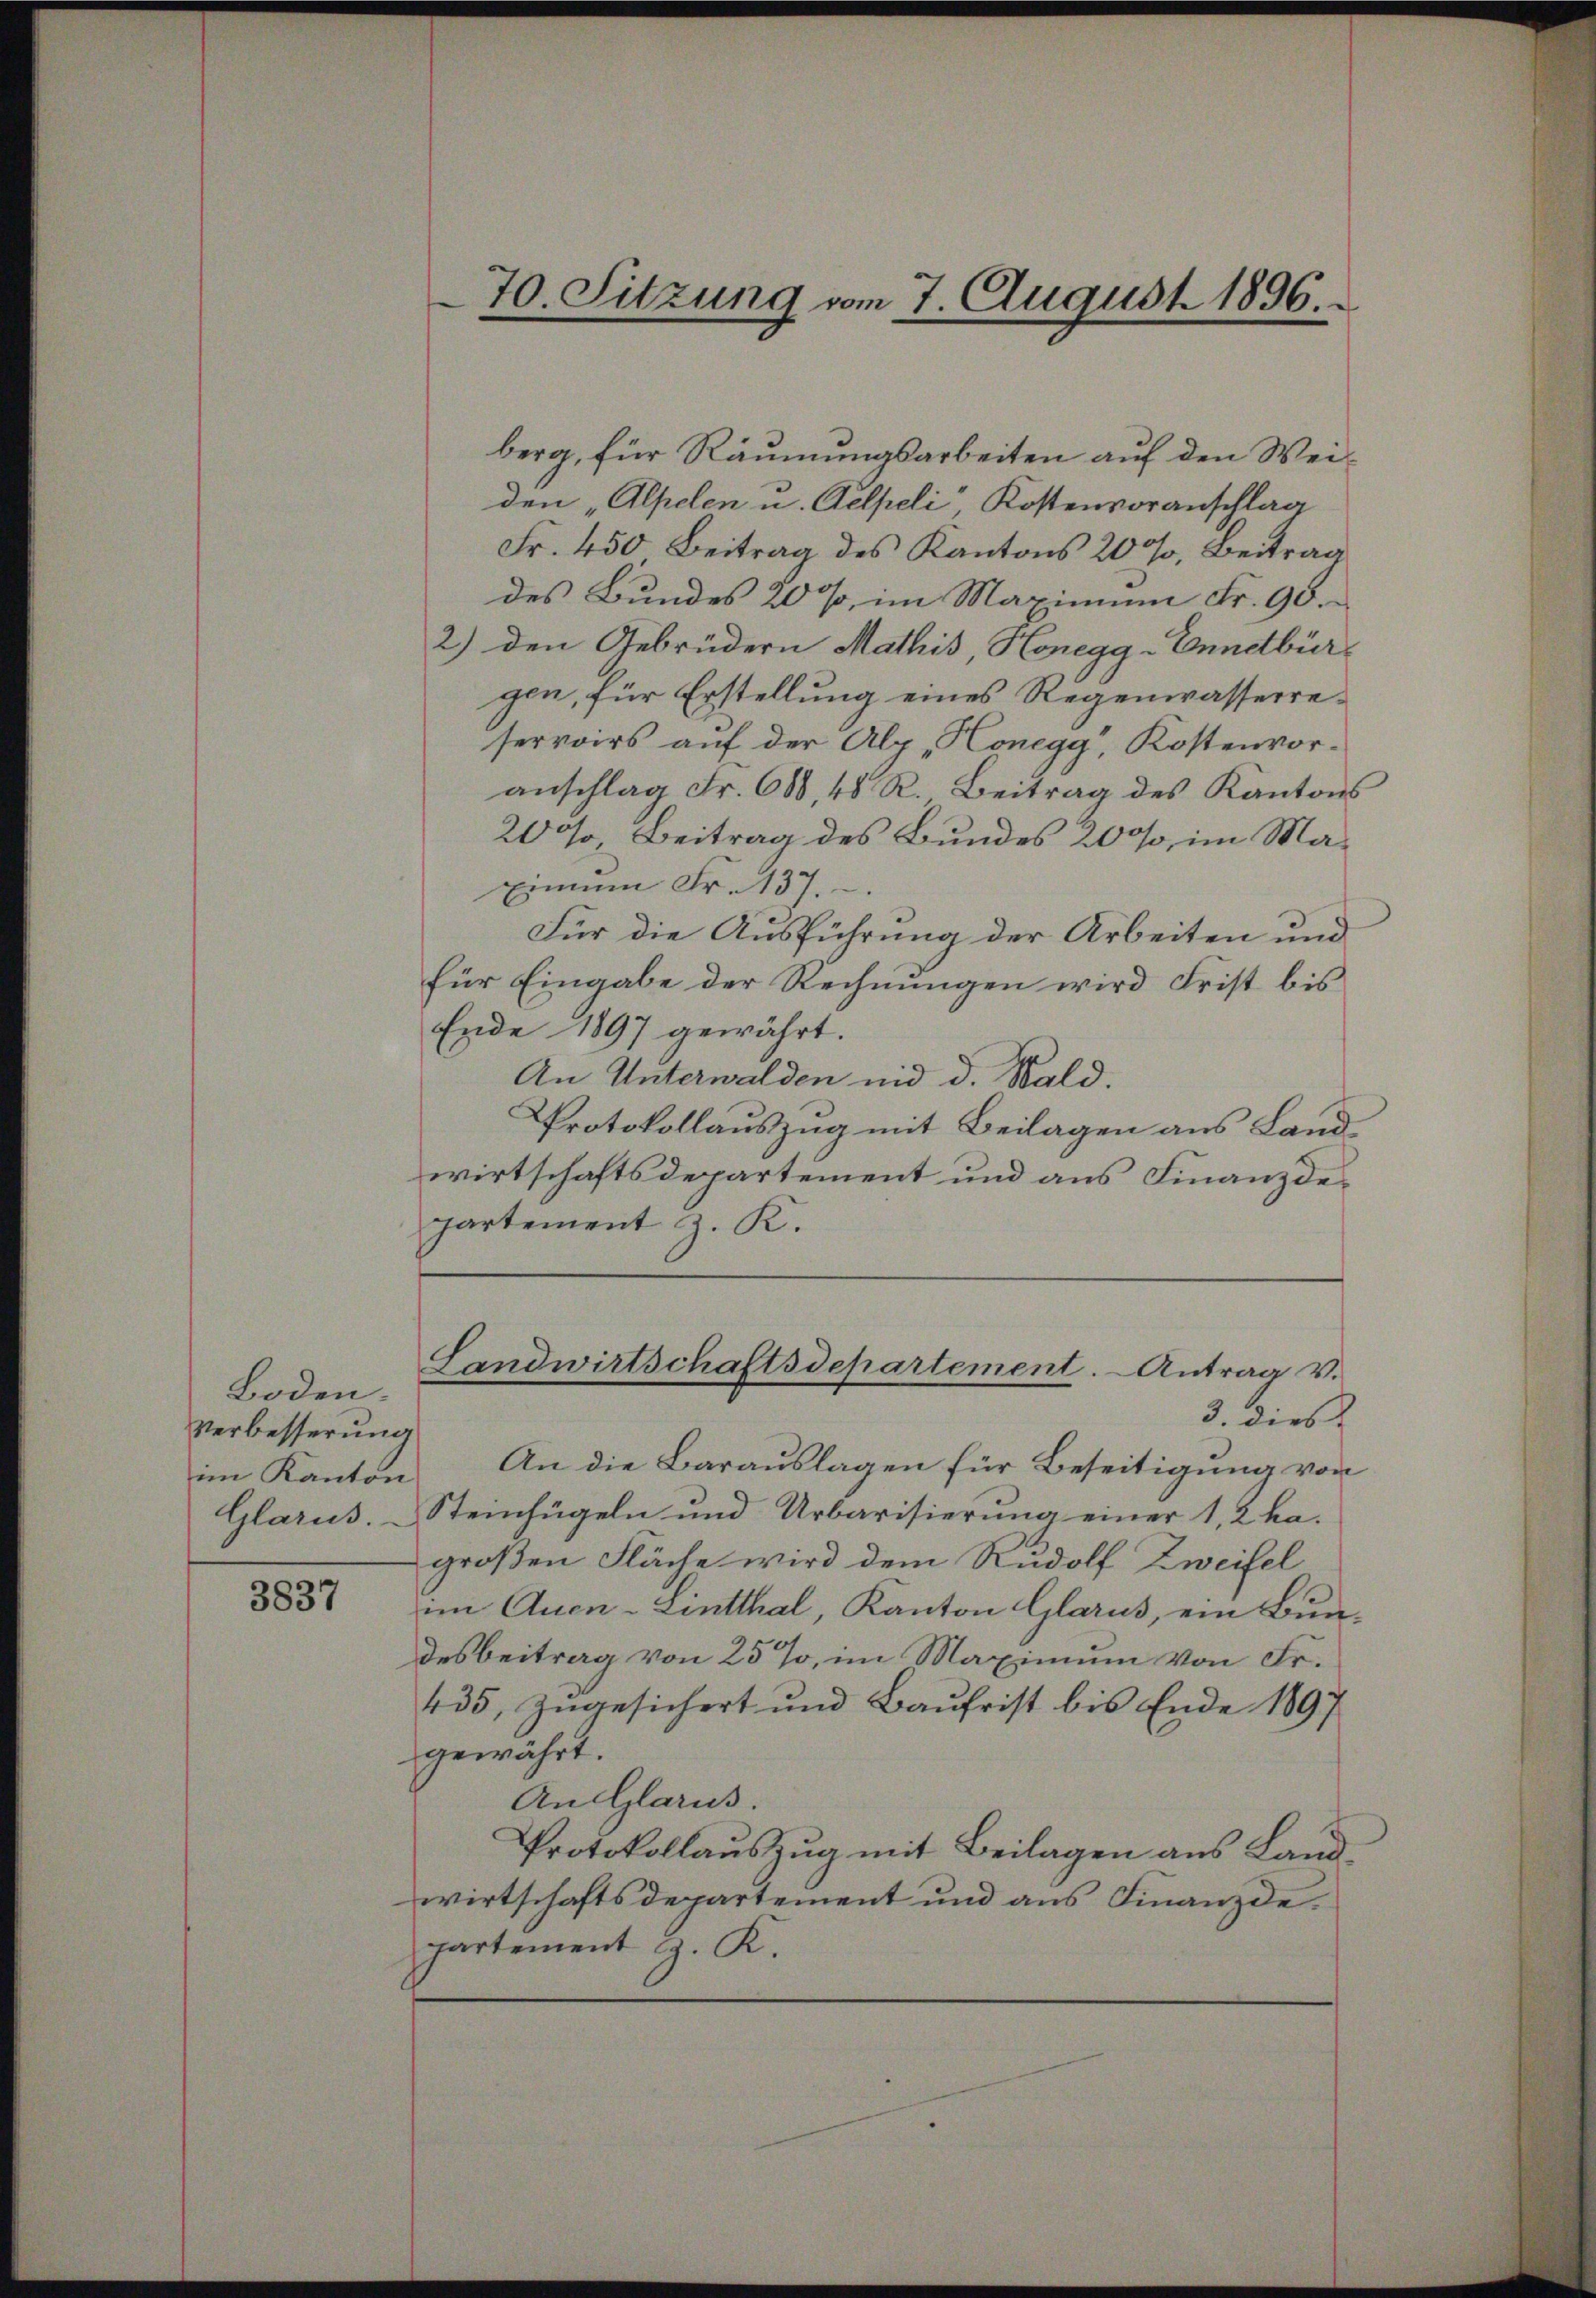
Boden.
Verbesserung
Glarus.

3837

berg, für Räumungsarbeiten auf den Weiden „Alpelen u. Aelpeli“ Kostenvoranschlag
Fr. 450 Beitrag des Kantons 20 %, Beitrag
des Bundes 20 %, im Maximum Fr. 90.
2) den Gebrüdern Mathis, Honegg-Enndbür-
gen, für Erstellung eines Regenwasserreservoirs auf der Alp Honegg, Kostenvoranschlag Fr. 688 48 R. Beitrag des Kantons
200, Beitrag des Bundes 20%, im Ma¬
Einum Fr. 137.
Für die Ausführung der Arbeiten und
für Eingabe der Rechnungen wird Frist bis
Ende 1897 gewährt.
An Unterwalden nid d. Wald.
Protokollauszug mit Beilagen aus Land
wirtschaftsdepartement und aus Finanzdepartement z. K.

70. Sitzung vom 7. August 1896.

3. dies
im Kanton. An die Barauslagen für Beseitigung von
Steinfügeln und Urbarisierung einer 1,2 ka-
großen Fläche wird dem Rudolf Zweifel
im Quen-Lintthal, Kanton Glarus, ein Bundesbeitrag von 25%, im Maximum von Fr.
435, Zugesichert und Baufrist bis Ende 1897
gewährt.
An Glarus.
Protokollaŭszŭg mit Beilagen aus Land-
wirtschaftsdepartement und aus Finanzdepartement z. K.

Landwirtschaftsdepartement. Antrag v.